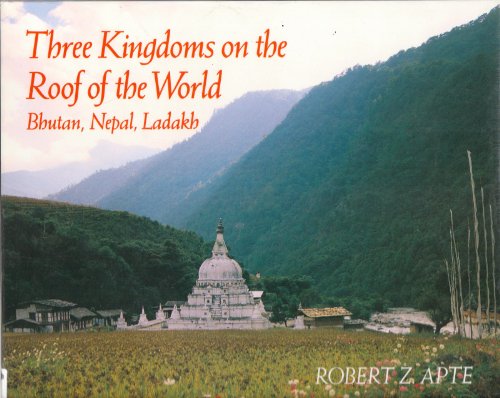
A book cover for Three Kingdoms on the Roof of the World: Bhutan, Nepal, and Ladakh; Robert Z. Apte; Travel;